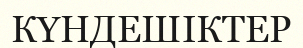
КҮНДЕШІКТЕР